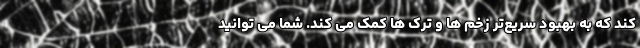
کند که به بهبود سریع‌تر زخم ها و ترک ها کمک می کند. شما می توانید